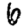
Digit: 6